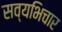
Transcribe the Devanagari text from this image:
सव्यभिचार